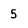
Character: 5